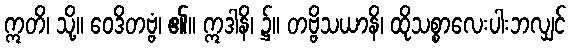
ဣတိ၊ သို့။ ဝေဒိတဗ္ဗံ၊ ၏။ ဣဒါနိ၊ ၌။ တဗ္ဗိသယာနိ၊ ထိုသစ္စာလေးပါးဘလျှင်